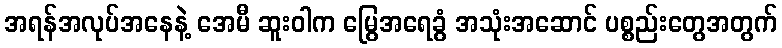
အရန်အလုပ်အနေနဲ့ အေမီ ဆူးဝါက မြွေအရေခွံ အသုံးအဆောင် ပစ္စည်းတွေအတွက်